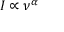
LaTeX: I \propto { \nu } ^ { \alpha }